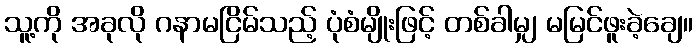
သူ့ကို အခုလို ဂနာမငြိမ်သည့် ပုံစံမျိုးဖြင့် တစ်ခါမျှ မမြင်ဖူးခဲ့ချေ။